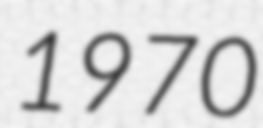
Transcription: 1970